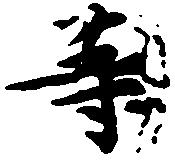
等